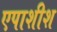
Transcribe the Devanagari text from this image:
एपाशीश